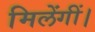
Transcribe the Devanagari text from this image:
मिलेंगीं।